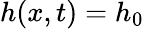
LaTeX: h(x,t)=h_{0}